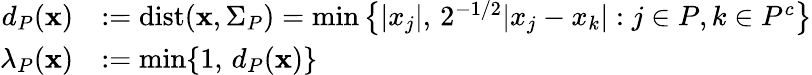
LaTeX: \begin{array}{rl}{d_{P}(\mathbf{x})}&{:=\mathrm{dist}(\mathbf{x},\Sigma_{P})=\operatorname*{min}\big\{ |x_{j}|,\, 2^{-1/2}|x_{j}-x_{k}|:j\in P,k\in P^{c}\big\} }\\ {\lambda_{P}(\mathbf{x})}&{:=\operatorname*{min}\{ 1,\, d_{P}(\mathbf{x})\} }\end{array}